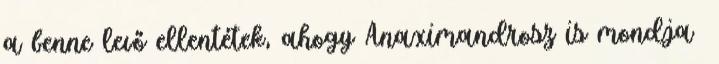
a benne levő ellentétek, ahogy Anaximandrosz is mondja